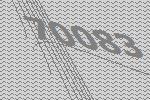
70083